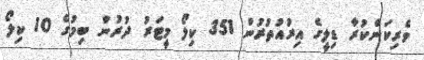
ވެރިކަންކުރާ ޑިލީގެ އިރުއުތުރުން 351 ކިލޯ މީޓަރު ދުރުން ބިމުގެ 10 ކިލޯ